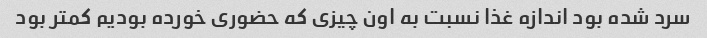
سرد شده بود اندازه غذا نسبت به اون چیزی که حضوری خورده بودیم کمتر بود